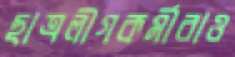
ছাত্রলীগকর্মীরাও